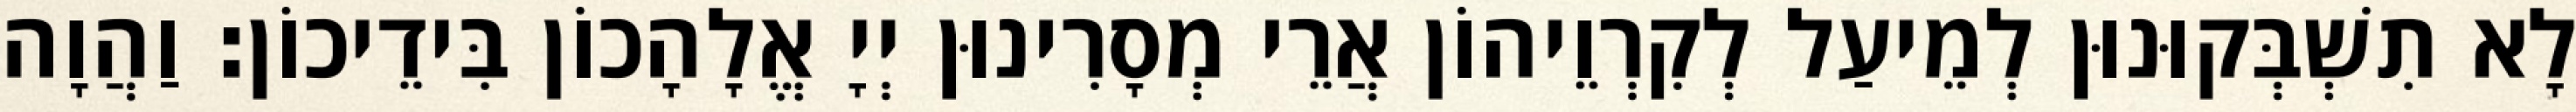
לָא תִשְׁבְּקוּנוּן לְמֵיעַל לְקִרְוֵיהוֹן אֲרֵי מְסָרִינוּן יְיָ אֱלָהָכוֹן בִּידֵיכוֹן׃ וַהֲוָה